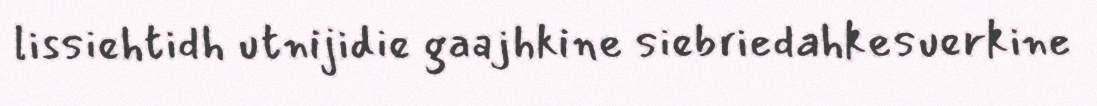
lissiehtidh utnijidie gaajhkine siebriedahkesuerkine